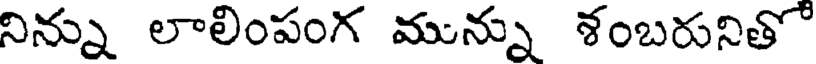
నిన్ను లాలింపంగ మున్ను శంబరునితో